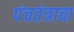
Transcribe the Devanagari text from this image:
पंचतंत्राचा